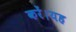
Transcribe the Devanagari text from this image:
करें।यह